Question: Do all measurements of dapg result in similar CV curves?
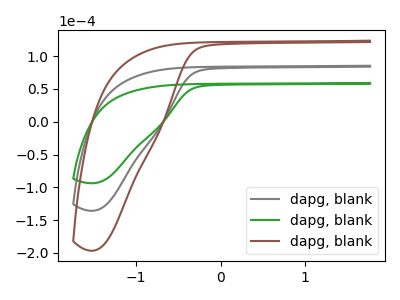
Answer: <think>The gray curve "dapg, blank1" has no peaks. The green curve "dapg, blank2" has no peaks. The brown curve "dapg, blank3" has no peaks.
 Neither "dapg, blank1" or "dapg, blank2" have any peaks. Neither "dapg, blank1" or "dapg, blank3" have any peaks. Neither "dapg, blank2" or "dapg, blank3" have any peaks.</think>
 <answer>All the CV's of "dapg" have similar shape.</answer>
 <eval>follow_rule</eval>